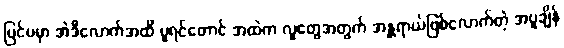
ပြင်ပမှာ အဲဒီလောက်အထိ ပူရင်တောင် အထဲက လူတွေအတွက် အန္တ္တရာယ်ဖြစ်လောက်တဲ့ အပူချိန်